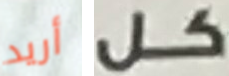
أريد كل